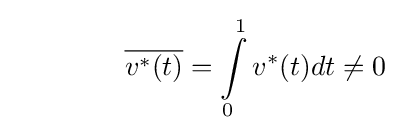
\qquad \qquad {\overline {v^{*}(t)}}=\int \limits _{0}^{1}v^{*}(t)dt\neq 0